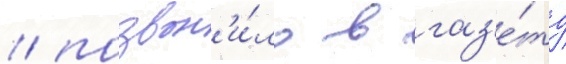
/ позвон'и́ло в газ'е́ту